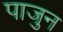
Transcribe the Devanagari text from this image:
पाजुन